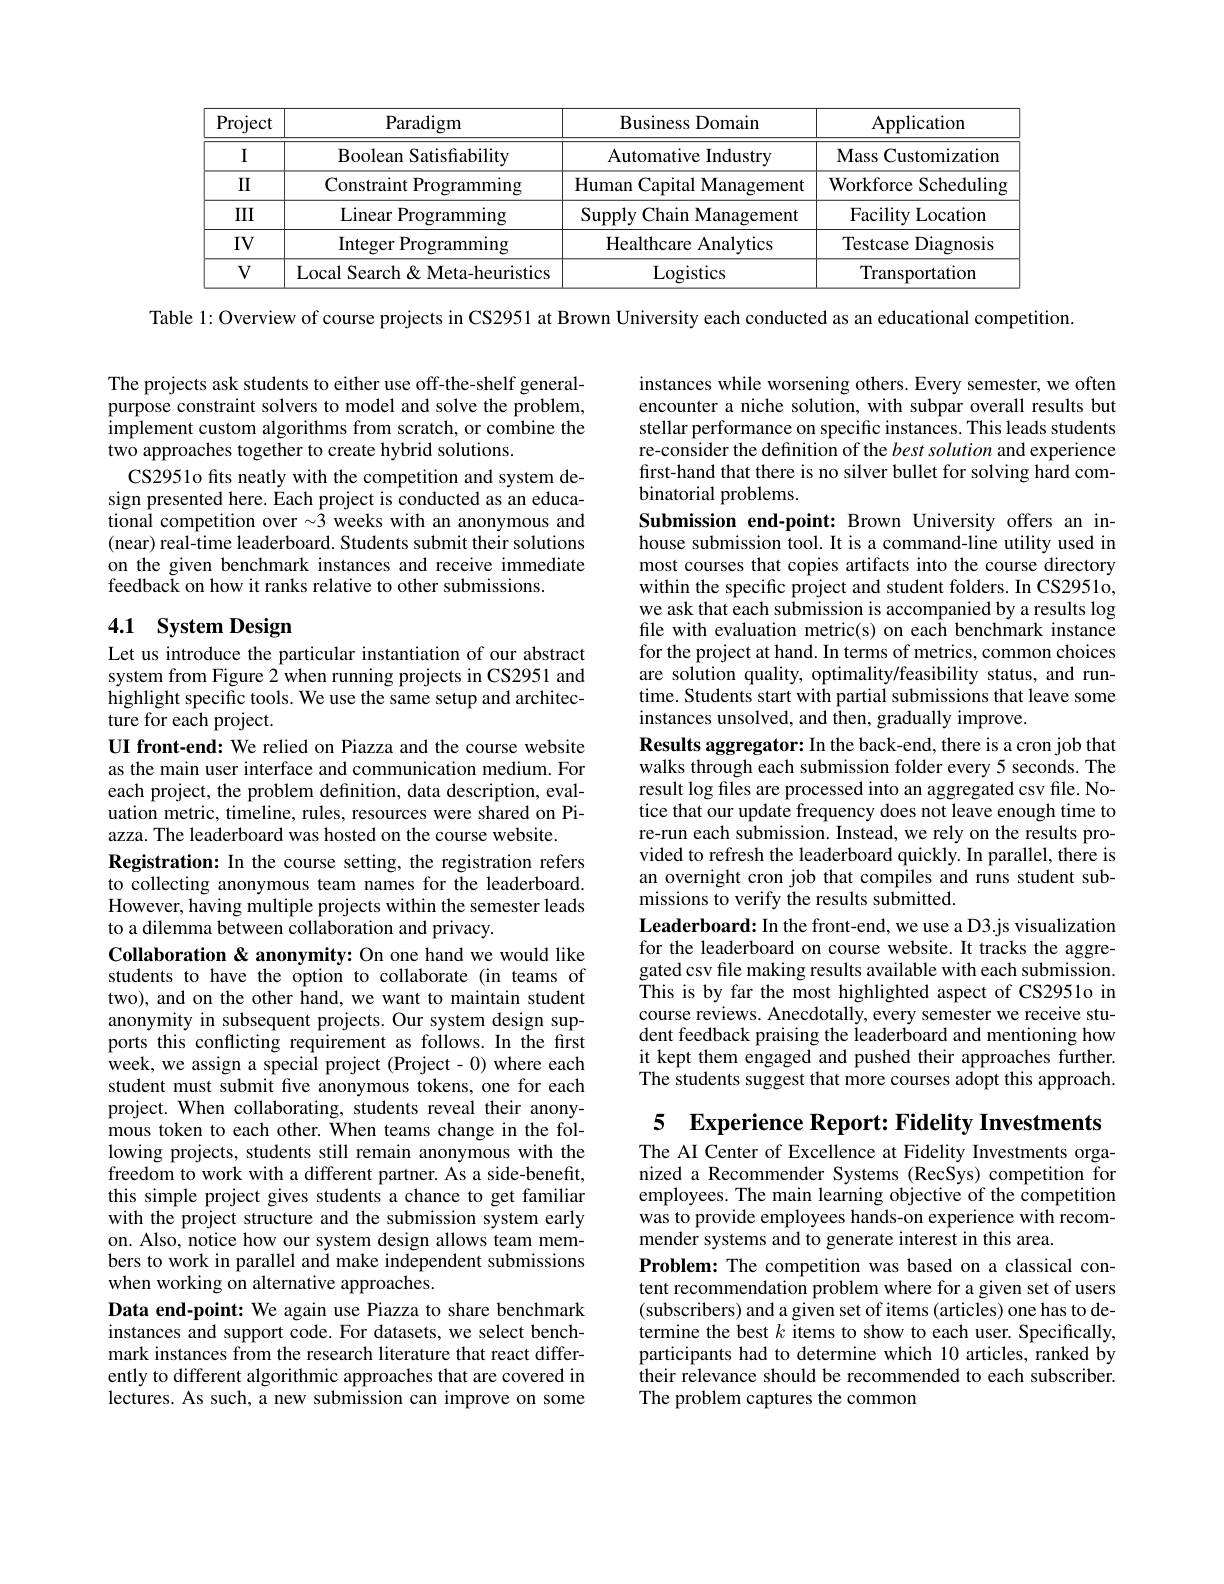
<table>
	<tbody>
		<tr>
			<th>Project</th>
			<th>Paradigm</th>
			<th>Business Domain</th>
			<th>Application</th>
		</tr>
		<tr>
			<td>I</td>
			<td>Boolean Satisfiability</td>
			<td>Automative Industry</td>
			<td>Mass s Customization</td>
		</tr>
		<tr>
			<td>II</td>
			<td>Constraint Programming</td>
			<td>${\mathrm{Human}}$ Capital Management</td>
			<td>Workforce Scheduling</td>
		</tr>
		<tr>
			<td>III</td>
			<td>Linear Programming</td>
			<td>Supply Chain Management</td>
			<td>Facility Location</td>
		</tr>
		<tr>
			<td>$IV$</td>
			<td>Integer Programming</td>
			<td>Healthcare Analytics</td>
			<td>Testcase Diagnosis 1</td>
		</tr>
		<tr>
			<td>$V$</td>
			<td>Local Search& Meta-heuristics</td>
			<td>Logistics</td>
			<td>Transportation</td>
		</tr>
	</tbody>
</table>

Table 1: Overview of course projects in CS2951 at Brown University each conducted as an educational competition.

The projects ask students to either use off-the-shelf generalpurpose constraint solvers to model and solve the problem, implement custom algorithms from scratch, or combine the two approaches together to create hybrid solutions.
CS2951o fits neatly with the competition and system design presented here. Each project is conducted as an educational competition over $\sim3$ weeks with an anonymous and (near) real-time leaderboard. Students submit their solutions on the given benchmark instances and receive immediate feedback on how it ranks relative to other submissions.

# 4.1 System Design

instances while worsening others. Every semester, we often encounter a niche solution, with subpar overall results but stellar performance on specific instances. This leads students re-consider the definition of the $best\textit{solution and experience}$ first-hand that there is no silver bullet for solving hard combinatorial problems.
Submission end-point: Brown University offers an inhouse submission tool. It is a command-line utility used in most courses that copies artifacts into the course directory within the specific project and student folders. In CS2951o, we ask that each submission is accompanied by a results log file with evaluation metric(s) on each benchmark instance for the project at hand. In terms of metrics, common choices are solution quality, optimality/feasibility status, and runtime. Students start with partial submissions that leave some instances unsolved, and then, gradually improve.
Results aggregator: In the back-end, there is a cron job that walks through each submission folder every 5 seconds. The result log files are processed into an aggregated csv file. Notice that our update frequency does not leave enough time to re-run each submission. Instead, we rely on the results provided to refresh the leaderboard quickly. In parallel, there is an overnight cron job that compiles and runs student submissions to verify the results submitted.
Leaderboard: In the front-end, we use a D3.js visualization for the leaderboard on course website.It tracks the aggregated csv file making results available with each submission. This is by far the most highlighted aspect of CS2951o in course reviews. Anecdotally, every semester we receive student feedback praising the leaderboard and mentioning how it kept them engaged and pushed their approaches further. The students suggest that more courses adopt this approach. 5 Experience Report: Fidelity Investments

Let us introduce the particular instantiation of our abstract system from Figure 2 when running projects in CS2951 and highlight specific tools. We use the same setup and architecture for each project.
UI front-end: We relied on Piazza and the course website as the main user interface and communication medium. For each project, the problem definition, data description, evaluation metric, timeline, rules, resources were shared on Piazza. The leaderboard was hosted on the course website.
Registration: In the course setting, the registration refers to collecting anonymous team names for the leaderboard. However, having multiple projects within the semester leads to a dilemma between collaboration and privacy.
Collaboration & anonymity: On one hand we would like students to have the option to collaborate (in teams of two), and on the other hand, we want to maintain student anonymity in subsequent projects. Our system design supports this conflicting requirement as follows. In the first week, we assign a special project (Project-0) where each student must submit five anonymous tokens, one for each project. When collaborating, students reveal their anonymous token to each other. When teams change in the following projects, students still remain anonymous with the freedom to work with a different partner. As a side-benefit, this simple project gives students a chance to get familiar with the project structure and the submission system early on. Also, notice how our system design allows team members to work in parallel and make independent submissions when working on alternative approaches.
Data end-point: We again use Piazza to share benchmark instances and support code. For datasets, we select benchmark instances from the research literature that react differently to different algorithmic approaches that are covered in lectures. As such, a new submission can improve on some

The AI Center of Excellence at Fidelity Investments organized a Recommender Systems (RecSys) competition for employees. The main learning objective of the competition was to provide employees hands-on experience with recommender systems and to generate interest in this area.
Problem: The competition was based on a classical content recommendation problem where for a given set of users (subscribers) and a given set of items (articles) one has to determine the best $k$ items to show to each user. Specifically, participants had to determine which 10 articles, ranked by their relevance should be recommended to each subscriber. The problem captures the common